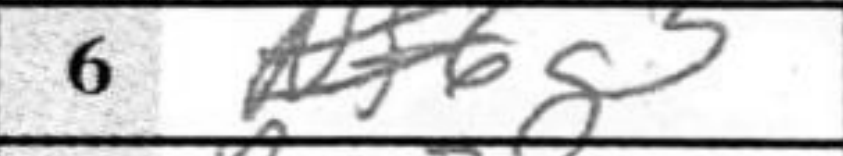
Transcription: g3